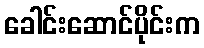
ခေါင်းဆောင်ပိုင်းက